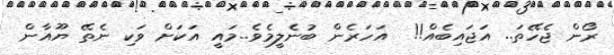
ރޯން ޖެހޭތަ.. އަޖައިބެއް!!  އަހަރެން ބުނެލީމެވެ..މައީ އަކަށް ވަކި ނެތޭ ޔޫއާން